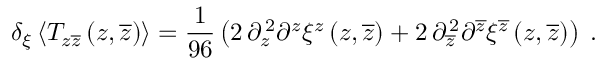
\delta _ { \xi } \left< T _ { z \overline { { z } } } \left( z , \overline { { z } } \right) \right> = { \frac { 1 } { 9 6 } } \left( 2 \, \partial _ { z } ^ { \, 2 } \partial ^ { z } \xi ^ { z } \left( z , \overline { { z } } \right) + 2 \, \partial _ { \overline { { z } } } ^ { \, 2 } \partial ^ { \overline { { z } } } \xi ^ { \overline { { z } } } \left( z , \overline { { z } } \right) \right) \; .